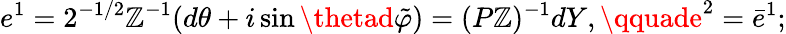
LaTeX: e^{1}=2^{-1/2}\mathbb{Z}^{-1}(d\theta+i\sin\thetad\tilde{{\varphi}})=(P\mathbb{Z})^{-1}dY,\qquade^{2}=\bar{{e}}^{1};